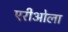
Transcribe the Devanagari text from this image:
एरीओला